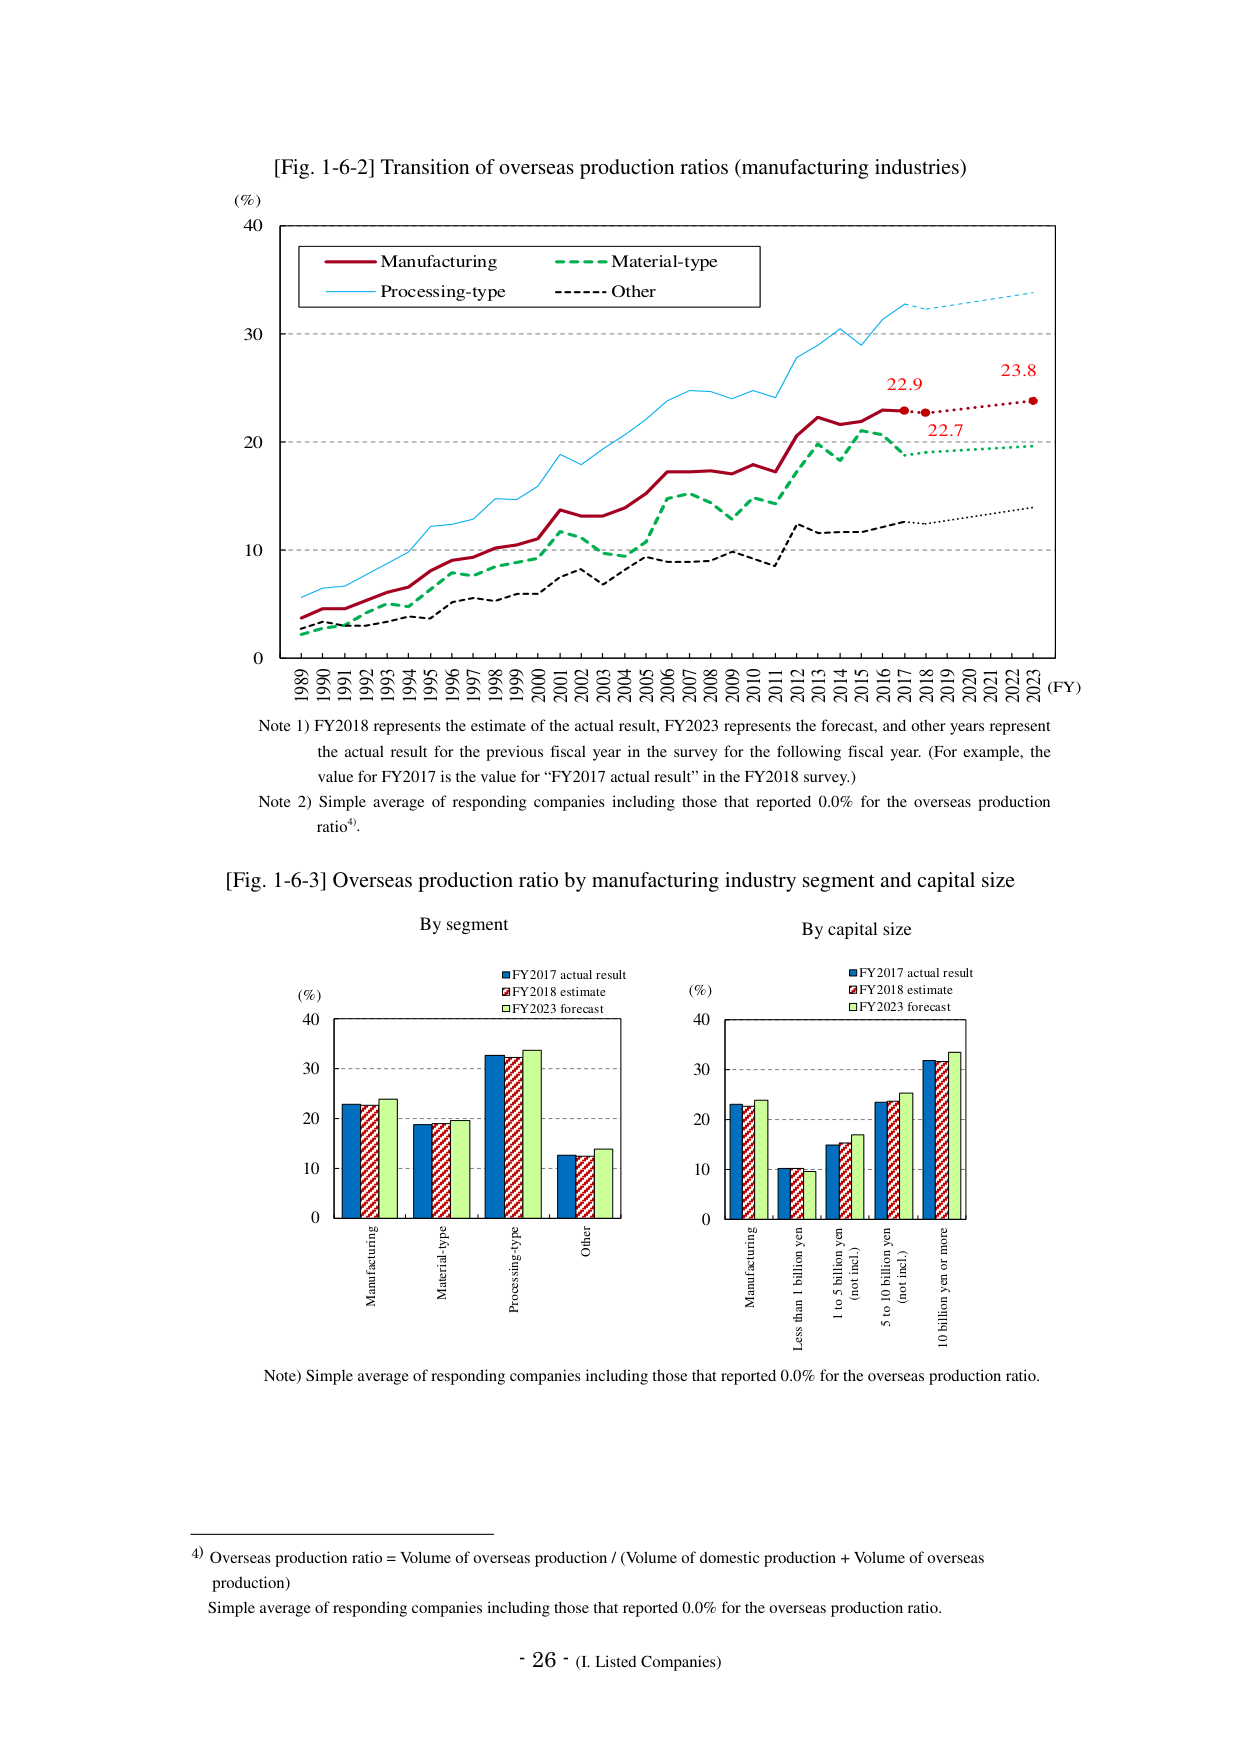
[Fig. 1-6-2] Transition of overseas production ratios (manufacturing industries)

(%)
40
30
20
10
0

1989 1990 1991 1992 1993 1994 1995 1996 1997 1998 1999 2000 2001 2002 2003 2004 2005 2006 2007 2008 2009 2010 2011 2012 2013 2014 2015 2016 2017 2018 2019 2020 2021 2022 2023 (FY)

Legend:
- Solid red line: Manufacturing
- Dashed green line: Material-type
- Solid blue line: Processing-type
- Dashed black line: Other

Data points:
- 2017: 22.9 (red dot)
- 2018: 22.7 (red dot)
- 2023: 23.8 (red dot)

Note 1) FY2018 represents the estimate of the actual result, FY2023 represents the forecast, and other years represent the actual result for the previous fiscal year in the survey for the following fiscal year. (For example, the value for FY2017 is the value for “FY2017 actual result” in the FY2018 survey.)
Note 2) Simple average of responding companies including those that reported 0.0% for the overseas production ratio⁴).

[Fig. 1-6-3] Overseas production ratio by manufacturing industry segment and capital size

By segment
(%)
40
30
20
10
0

Legend:
- Blue bar: FY2017 actual result
- Red striped bar: FY2018 estimate
- Green bar: FY2023 forecast

X-axis categories:
- Manufacturing
- Material-type
- Processing-type
- Other

By capital size
(%)
40
30
20
10
0

Legend:
- Blue bar: FY2017 actual result
- Red striped bar: FY2018 estimate
- Green bar: FY2023 forecast

X-axis categories:
- Manufacturing
- Less than 1 billion yen
- 1 to 5 billion yen (not incl.)
- 5 to 10 billion yen (not incl.)
- 10 billion yen or more

Note) Simple average of responding companies including those that reported 0.0% for the overseas production ratio.

⁴) Overseas production ratio = Volume of overseas production / (Volume of domestic production + Volume of overseas production)
Simple average of responding companies including those that reported 0.0% for the overseas production ratio.

- 26 - (I. Listed Companies)